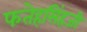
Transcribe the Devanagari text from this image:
फतेहसिंहजी